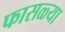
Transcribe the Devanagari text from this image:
फासळ्या